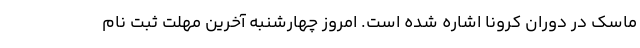
ماسک در دوران کرونا اشاره شده است. امروز چهارشنبه آخرین مهلت ثبت نام